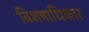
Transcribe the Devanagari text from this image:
विशषाधिकार